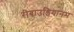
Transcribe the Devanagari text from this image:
रीबाउडियानम